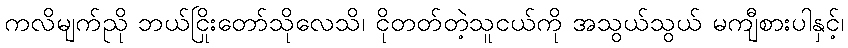
ကလိမျက်ညို ဘယ်ငြိုးတော်သိုလေသိ၊ ငိုတတ်တဲ့သူငယ်ကို အသွယ်သွယ် မကျီစားပါနှင့်၊